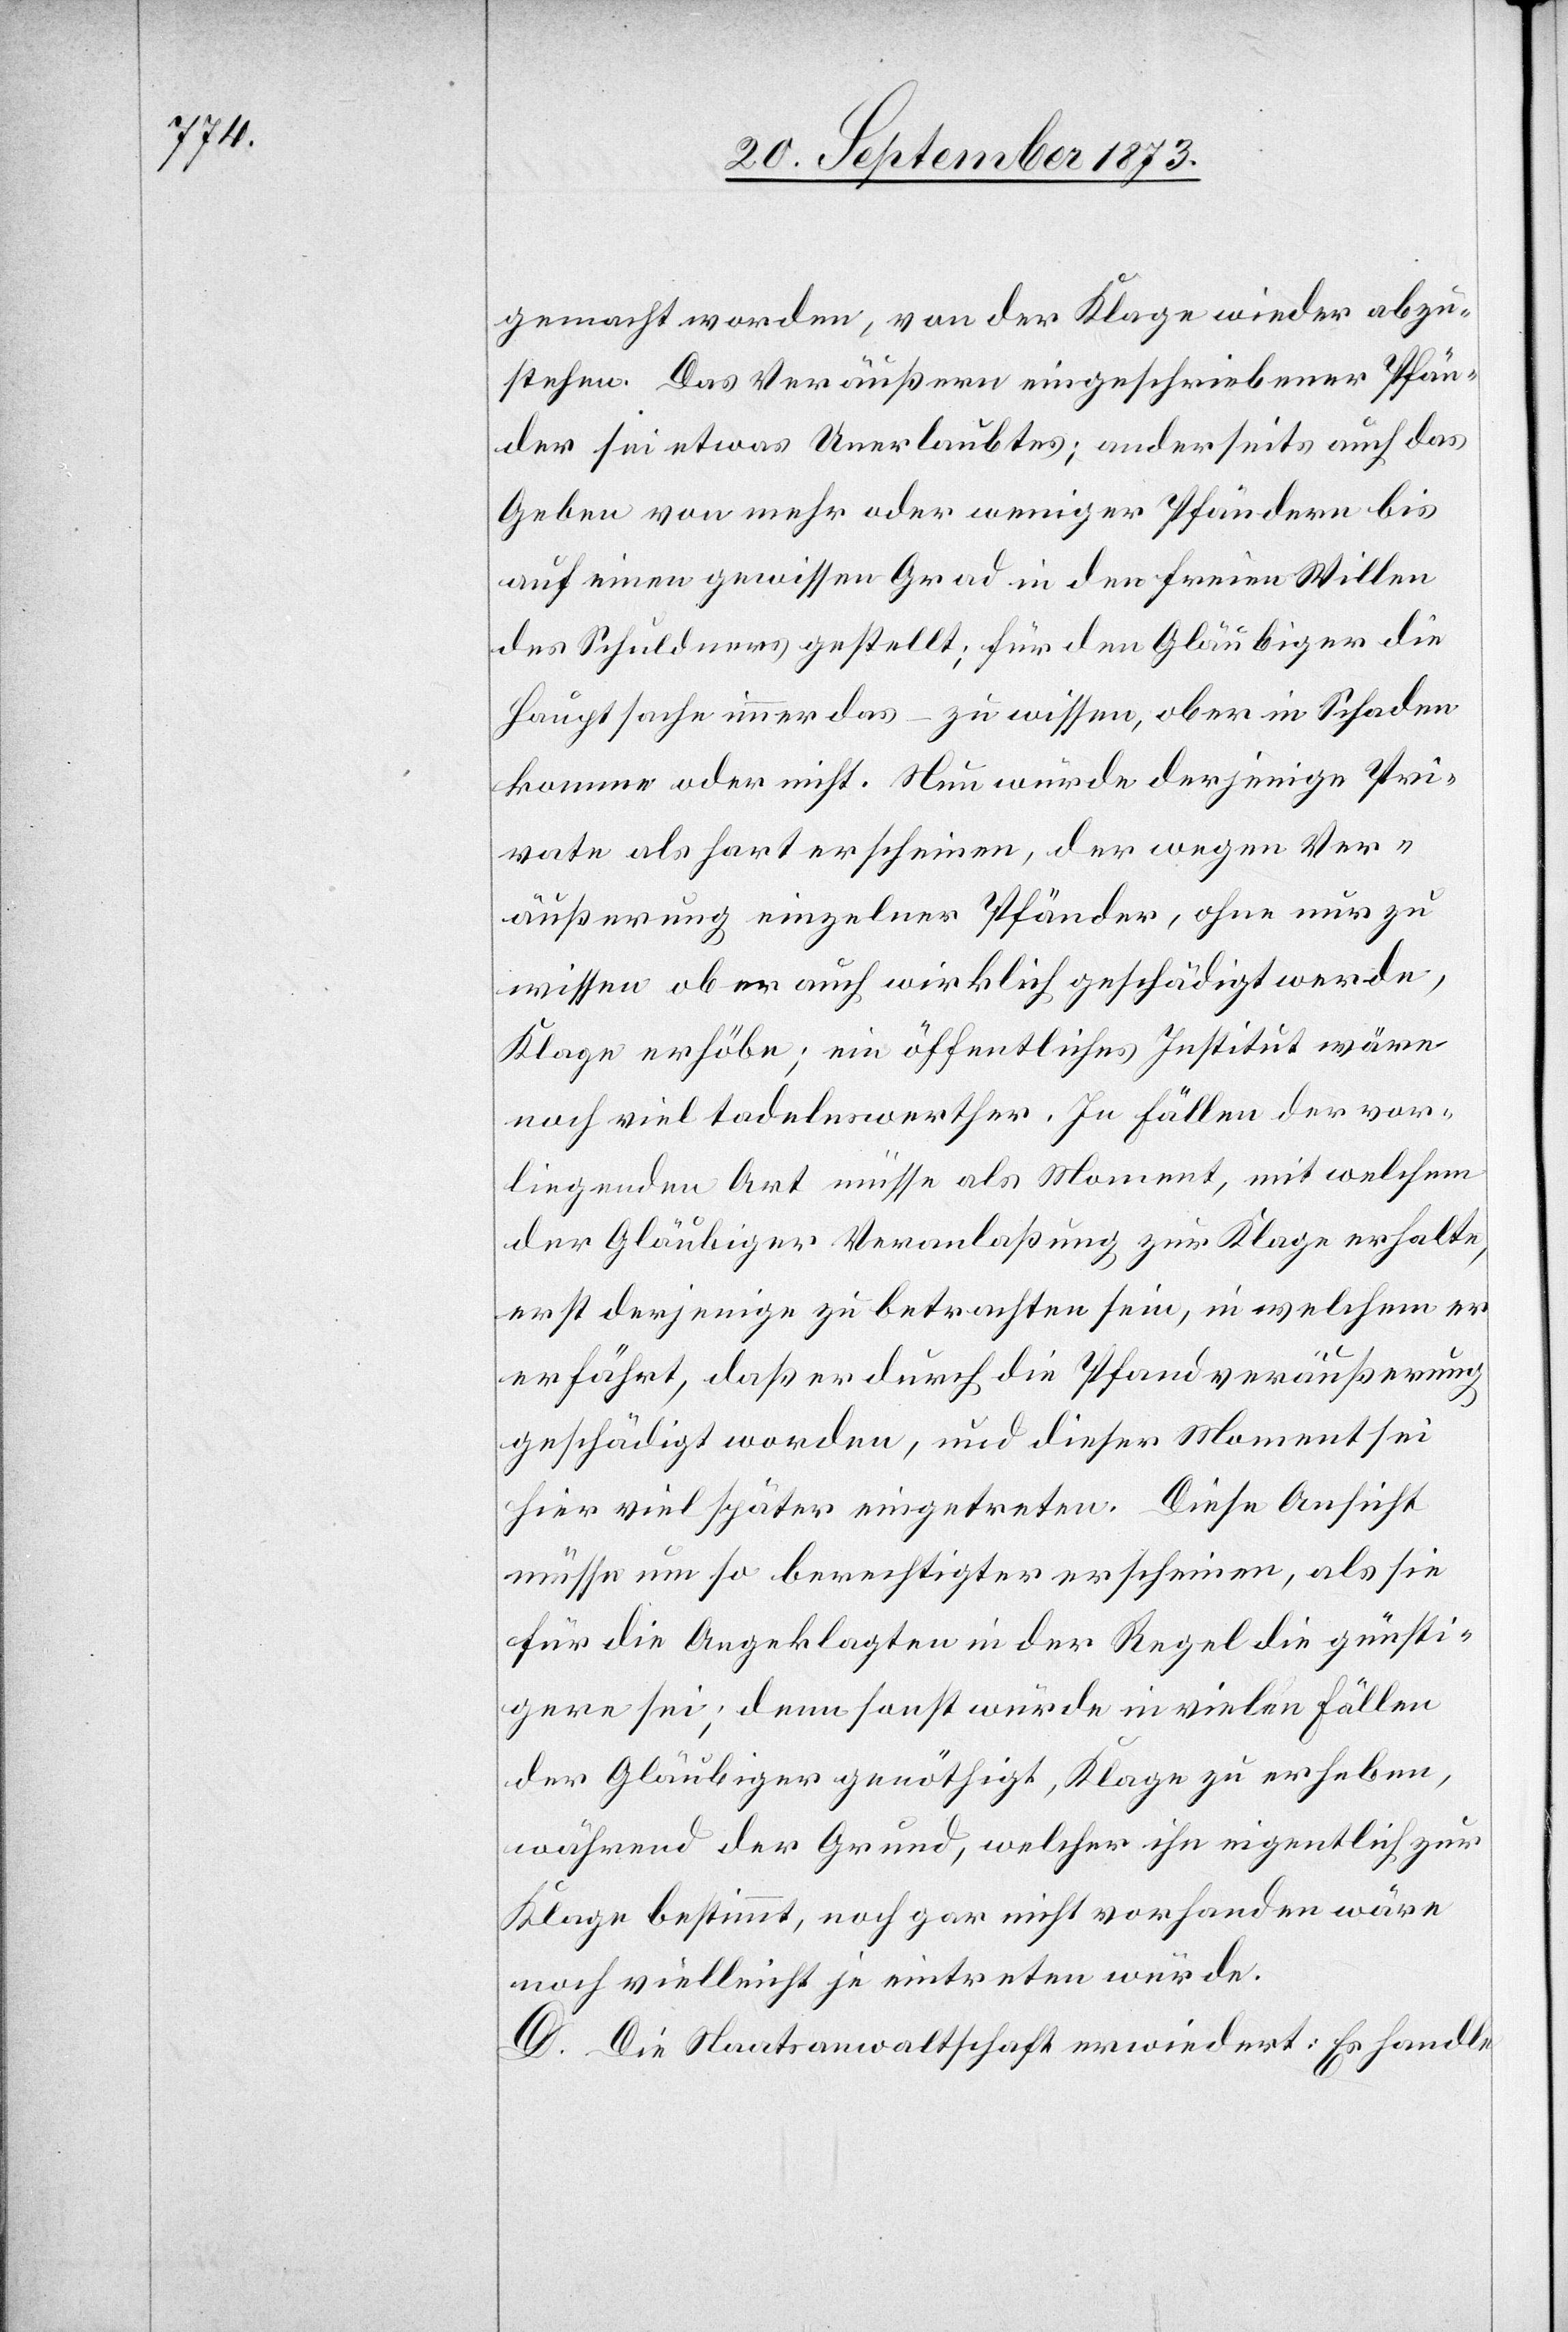
gemacht worden, von der Klage wieder abzu¬
stehen. Das Veräußern eingeschriebener Pfän¬
der sei etwas Unerlaubtes; anderseits auch das
Geben von mehr oder weniger Pfändern bis
auf einen gewissen Grad in den freien Willen
des Schuldners gestellt; für den Gläubiger die
Hauptsache immer das – zu wissen, ob er in Schaden
komme oder nicht. Nun würde derjenige Pri¬
vate als hart erscheinen, der wegen Ver¬
äußerung einzelner Pfänder, ohne nur zu
wissen ob er auch wirklich geschädigt werde,
Klage erhöbe; ein öffentliches Institut wäre
noch viel tadelnswerther. In Fällen der vor¬
liegenden Art müsse als Moment, mit welchem
der Gläubiger Veranlaßung zur Klage erhalte,
erst derjenige zu betrachten sein, in welchem er
erfährt, daß er durch die Pfandveräußerung
geschädigt worden, und dieser Moment sei
hier viel später eingetreten. Diese Ansicht
müsse um so berechtigter erscheinen, als sie
für die Angeklagten in der Regel die günsti¬
gere sei; denn sonst würde in vielen Fällen
der Gläubiger genöthigt, Klage zu erheben,
während der Grund, welcher ihn eigentlich zur
Klage bestimmt, noch gar nicht vorhanden wäre
noch vielleicht je eintreten würde.
D. Die Staatsanwaltschaft erwiedert: Es handle